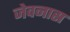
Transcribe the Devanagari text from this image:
जेवनास